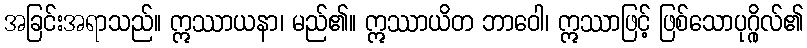
အခြင်းအရာသည်။ ဣဿာယနာ၊ မည်၏။ ဣဿာယိတ ဘာဝေါ၊ ဣဿာဖြင့် ဖြစ်သောပုဂ္ဂိုလ်၏